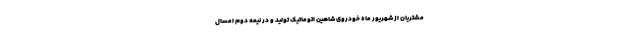
مشتریان از شهریور ماه خودروی شاهین اتوماتیک تولید و در نیمه دوم امسال